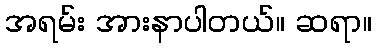
အရမ်း အားနာပါတယ်။ ဆရာ။